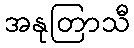
အနုတြာသီ